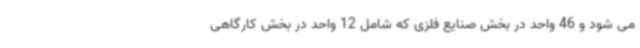
می شود و 46 واحد در بخش صنایع فلزی که شامل 12 واحد در بخش کارگاهی